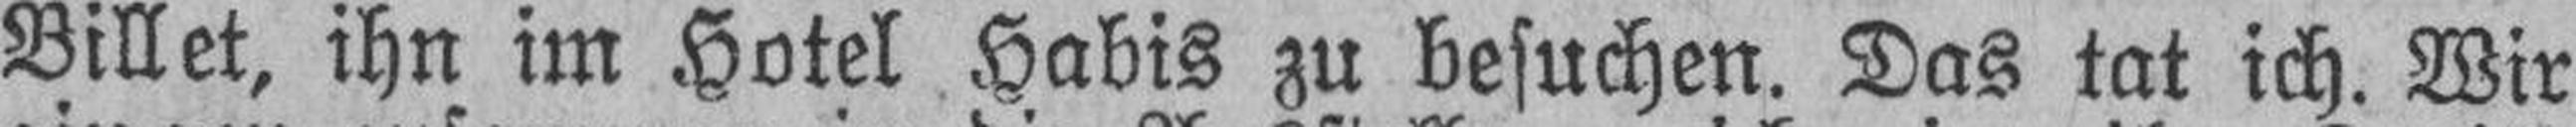
Billet, ihn im Hotel Habis zu besuchen. Das tat ich. Wir